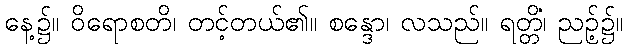
နေ့၌။ ဝိရောစတိ၊ တင့်တယ်၏။ စန္ဒော၊ လသည်။ ရတ္တိံ၊ ညဉ့်၌။